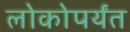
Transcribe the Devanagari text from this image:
लोकोपर्यंत